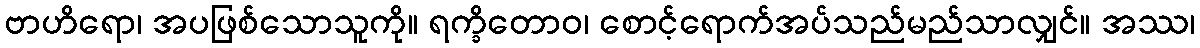
ဗာဟိရော၊ အပဖြစ်သောသူကို။ ရက္ခိတောဝ၊ စောင့်ရောက်အပ်သည်မည်သာလျှင်။ အဿ၊